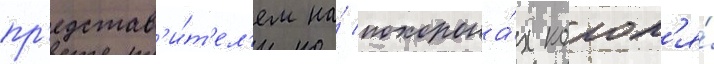
пр'едстав'и́т'ел'ем на́ похорона́х корол'я́